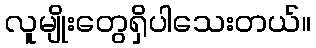
လူမျိုးတွေရှိပါသေးတယ်။